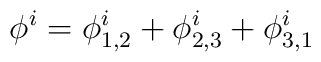
\phi^i = \phi^i_{1,2} +\phi^i_{2,3}+\phi^i_{3,1}